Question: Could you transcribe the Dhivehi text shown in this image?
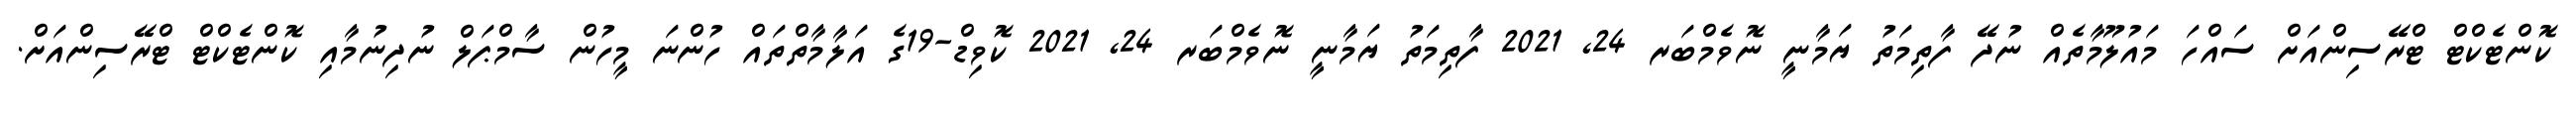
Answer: ކޮންޓެކްޓް ޓްރޭސިންއަށް ސައްހަ މައުލޫމާތެއް ނުދޭ ފާތިމަތު ޔަމާނީ ނޮވެމްބަރ 24, 2021 ފާތިމަތު ޔަމާނީ ނޮވެމްބަރ 24, 2021 ކޮވިޑް-19ގެ އަލާމާތްތައް ހުންނަ މީހުން ސާމްޕަލް ނުދިނުމާއި ކޮންޓެކްޓް ޓްރޭސިންއަށް.